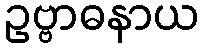
ဥဗ္ဗာဓနာယ